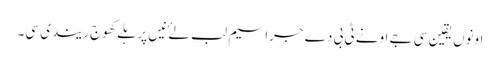
اونوں یقین سی جے اونے ٹی بی دے جراسیم لب لۓ نیں پر ہلے کھوج ریندی سی۔